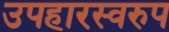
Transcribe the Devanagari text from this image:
उपहारस्वरुप